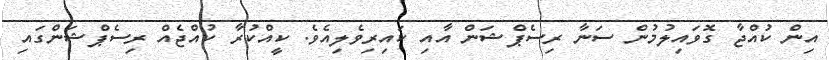
އިން ކުއްޖާ ގޮވައިލުމުން ސަނާ ރިސެޕްޝަން އާއި ކައިރިވެލިއެވެ. ކީއްކުރާ ކުއްޖެއް ރިސެޕްޝަންގައި